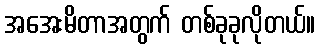
အအေးမိတာအတွက် တစ်ခုခုလိုတယ်။